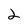
Character: 2